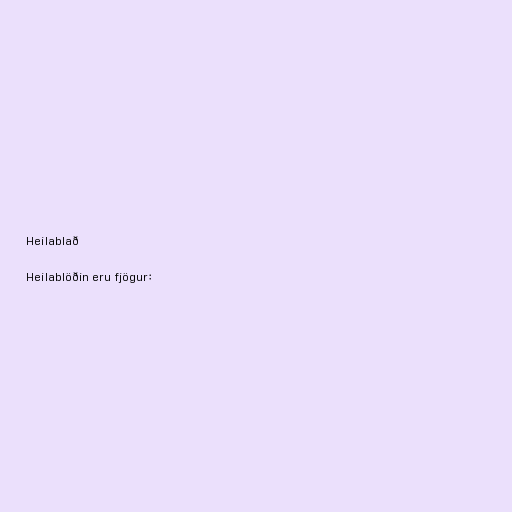
Heilablað

Heilablöðin eru fjögur: